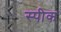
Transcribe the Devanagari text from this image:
स्‍पीक